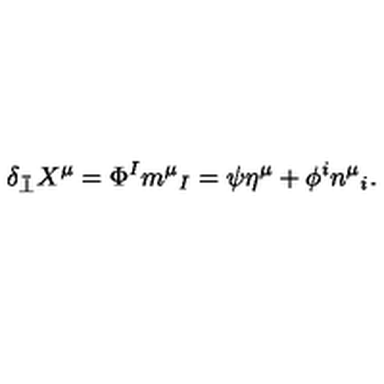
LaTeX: \delta _ { \bar { \perp } } X ^ { \mu } = \Phi ^ { I } m ^ { \mu } { } _ { I } = \psi \eta ^ { \mu } + \phi ^ { i } n ^ { \mu } { } _ { i } .